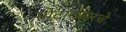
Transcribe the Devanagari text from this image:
मोटारकारचे